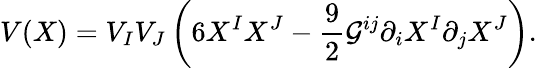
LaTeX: V(X)=V_{I}V_{J}\left(6X^{I}X^{J}-\frac{9}{2}\mathcal{G}^{ij}\partial_{i}X^{I}\partial_{j}X^{J}\right).